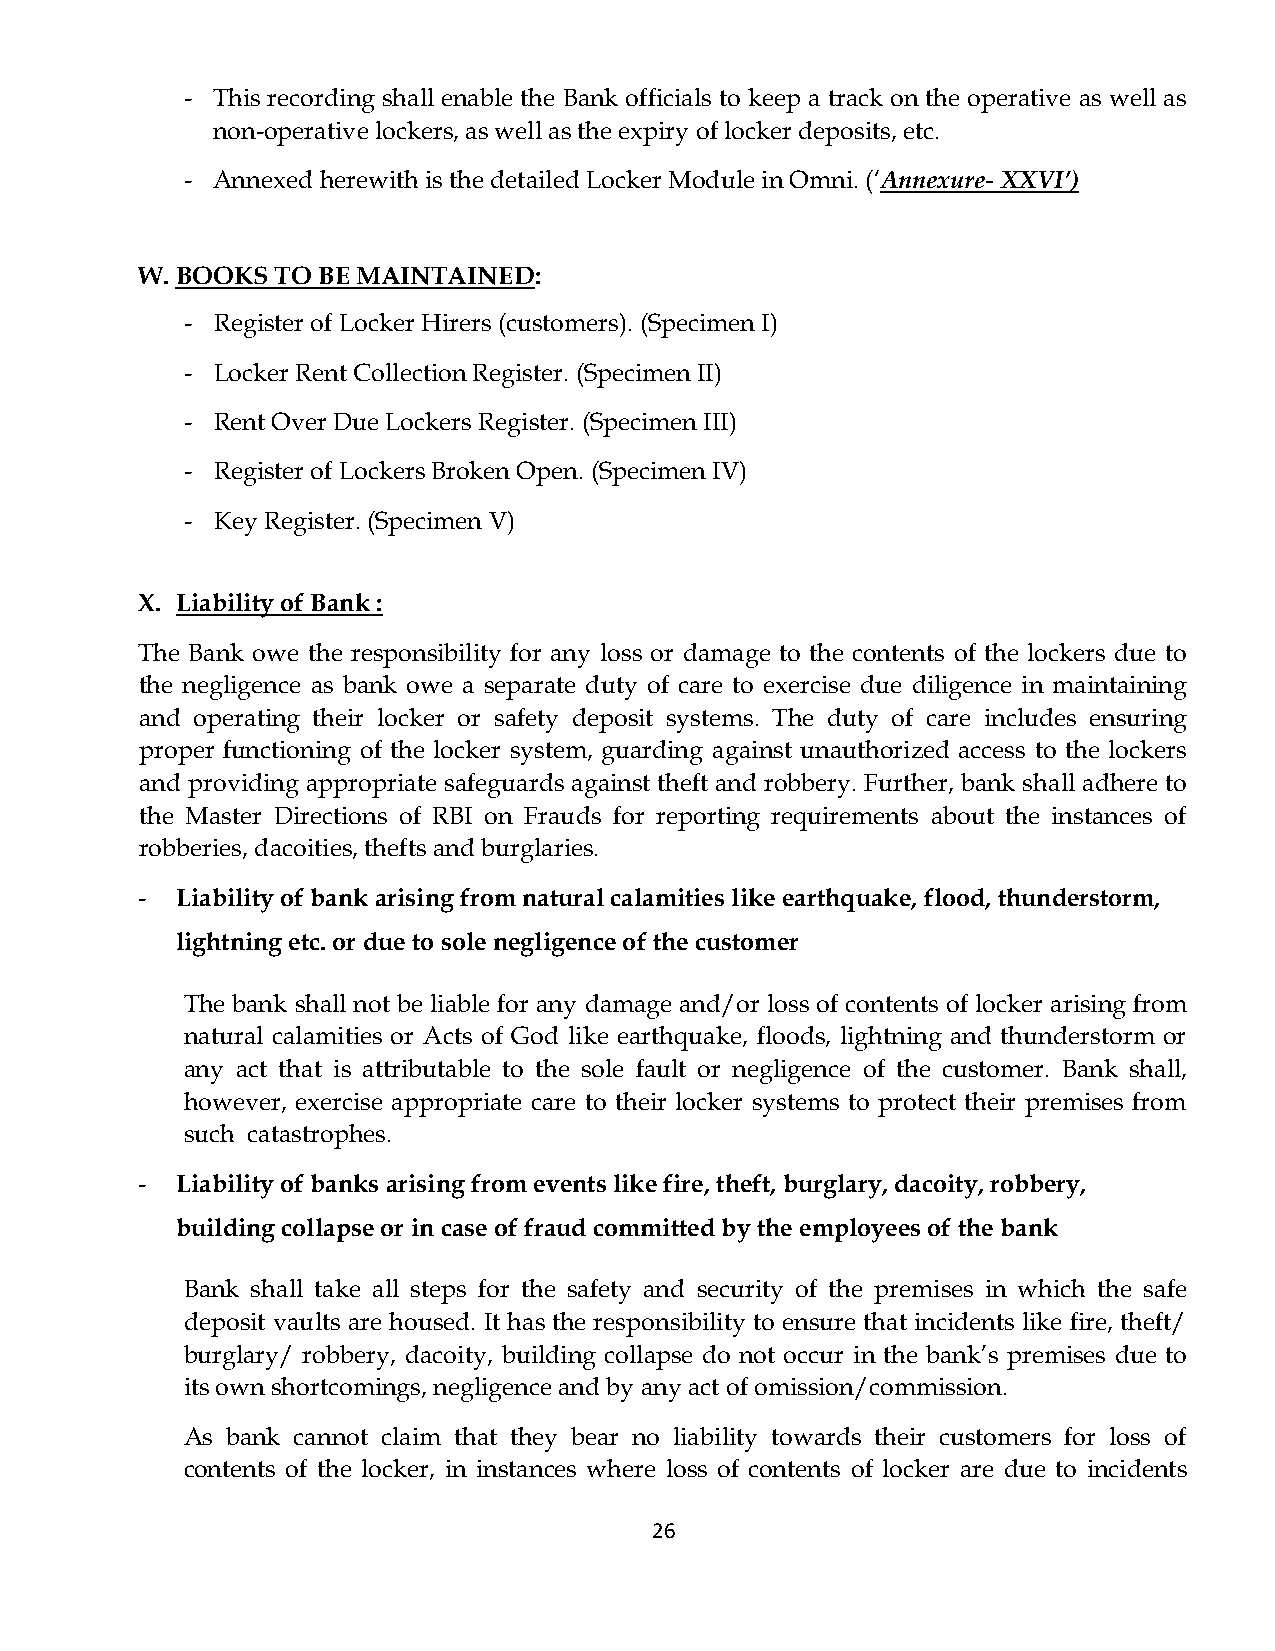
- This recording shall enable the Bank officials to keep a track on the operative as well as
 non-operative lockers, as well as the expiry of locker deposits, etc.
 - Annexed herewith is the detailed Locker Module in Omni. (‘Annexure- XXVI’)
 W. BOOKS TO BE MAINTAINED:
 - Register of Locker Hirers (customers). (Specimen I)
 - Locker Rent Collection Register. (Specimen II)
 - Rent Over Due Lockers Register. (Specimen III)
 - Register of Lockers Broken Open. (Specimen IV)
 - Key Register. (Specimen V)
 X. Liability of Bank :
 The Bank owe the responsibility for any loss or damage to the contents of the lockers due to
 the negligence as bank owe a separate duty of care to exercise due diligence in maintaining
 and operating their locker or safety deposit systems. The duty of care includes ensuring
 proper functioning of the locker system, guarding against unauthorized access to the lockers
 and providing appropriate safeguards against theft and robbery. Further, bank shall adhere to
 the Master Directions of RBI on Frauds for reporting requirements about the instances of
 robberies, dacoities, thefts and burglaries.
 -  Liability of bank arising from natural calamities like earthquake, flood, thunderstorm,
 lightning etc. or due to sole negligence of the customer
 The bank shall not be liable for any damage and/or loss of contents of locker arising from
 natural calamities or Acts of God like earthquake, floods, lightning and thunderstorm or
 any act that is attributable to the sole fault or negligence of the customer. Bank shall,
 however, exercise appropriate care to their locker systems to protect their premises from
 such catastrophes.
 -  Liability of banks arising from events like fire, theft, burglary, dacoity, robbery,
 building collapse or in case of fraud committed by the employees of the bank
 Bank shall take all steps for the safety and security of the premises in which the safe
 deposit vaults are housed. It has the responsibility to ensure that incidents like fire, theft/
 burglary/ robbery, dacoity, building collapse do not occur in the bank’s premises due to
 its own shortcomings, negligence and by any act of omission/commission.
 As bank cannot claim that they bear no liability towards their customers for loss of
 contents of the locker, in instances where loss of contents of locker are due to incidents
 26